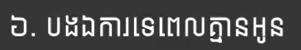
៦. បងឯការទេពេលគ្មានអូន